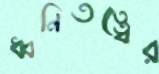
ধ্বনিতত্ত্বের